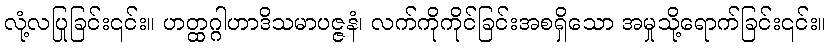
လုံ့လပြုခြင်း၎င်း။ ဟတ္ထဂ္ဂါဟာဒိသမာပဇ္ဇနံ၊ လက်ကိုကိုင်ခြင်းအစရှိသော အမှုသို့ရောက်ခြင်း၎င်း။